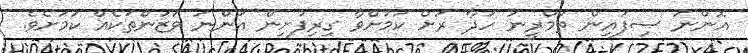
އޮންނަ ސިފައިން ތަމްރީނު ހަދާ ރަށް ކަމަށްވާ ގިރިފުށިން އަންނަ ވަޒަންތަކެއް ކަމަށެވެ.